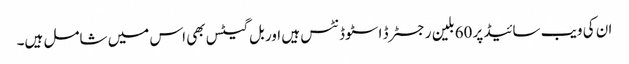
ان کی ویب سائیڈ پر 60بلین رجسٹرڈ اسٹوڈنٹس ہیں اور بل گیٹس بھی اس میں شامل ہیں۔